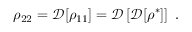
\rho _ { 2 2 } = \mathcal { D } [ \rho _ { 1 1 } ] = \mathcal { D } \left[ \mathcal { D } [ \rho ^ { * } ] \right] \; .